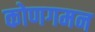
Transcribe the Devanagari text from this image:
कोणगमन